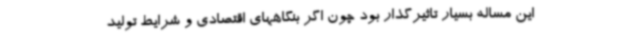
این مساله بسیار تاثیرگذار بود چون اگر بنگاههای اقتصادی و شرایط تولید